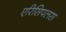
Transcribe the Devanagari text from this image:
एरिसिपलस